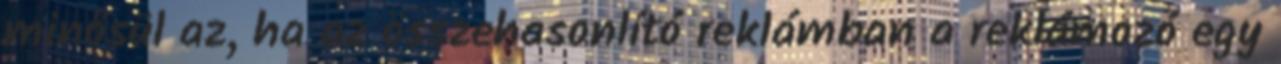
minősül az, ha az összehasonlító reklámban a reklámozó egy